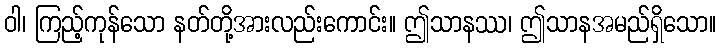
ဝါ၊ ကြည့်ကုန်သော နတ်တို့အားလည်းကောင်း။ ဤသာနဿ၊ ဤသာနအမည်ရှိသော။